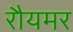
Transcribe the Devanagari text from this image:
रौयमर